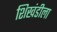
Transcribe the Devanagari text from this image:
शिखंडीला